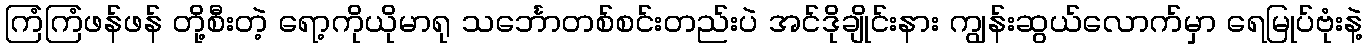
ကြံကြံဖန်ဖန် တို့စီးတဲ့ ရော့ကိုယိုမာရု သင်္ဘောတစ်စင်းတည်းပဲ အင်ဒိုချိုင်းနား ကျွန်းဆွယ်လောက်မှာ ရေမြုပ်ဗုံးနဲ့